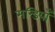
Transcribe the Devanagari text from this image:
मन्डियाँ